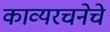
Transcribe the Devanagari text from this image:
काव्यरचनेचे